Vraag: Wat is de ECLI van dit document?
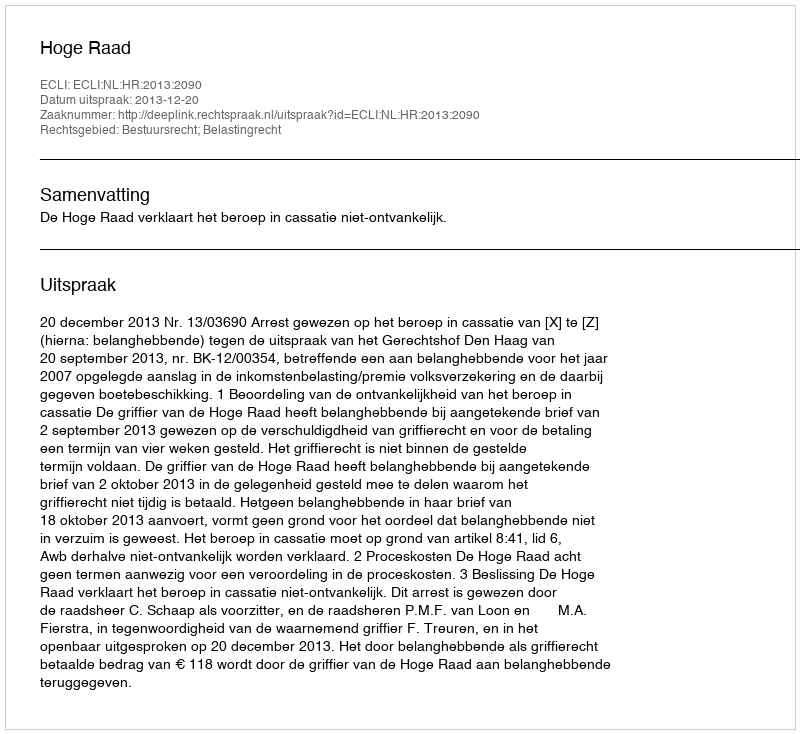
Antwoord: ECLI:NL:HR:2013:2090